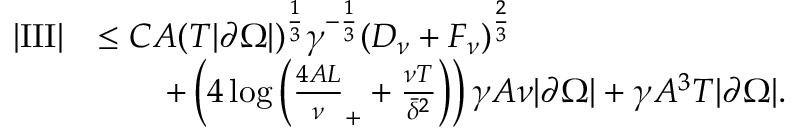
\begin{array} { r l } { | \mathrm { I I I } | } & { \le C A ( T | \partial \Omega | ) ^ { \frac 1 3 } \gamma ^ { - \frac 1 3 } ( D _ { \nu } + F _ { \nu } ) ^ { \frac 2 3 } } \\ & { \qquad + \left( 4 \log \left( \frac { 4 A L } \nu _ { + } + \frac { \nu T } { \bar { \delta } ^ { 2 } } \right) \right) \gamma A \nu | \partial \Omega | + \gamma A ^ { 3 } T | \partial \Omega | . } \end{array}